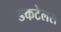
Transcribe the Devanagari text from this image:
डकटेलस